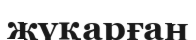
жүқарған